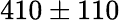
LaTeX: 410\pm 110